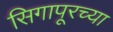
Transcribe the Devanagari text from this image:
सिगापूरच्या